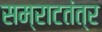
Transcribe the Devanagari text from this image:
सम्राटतंत्र